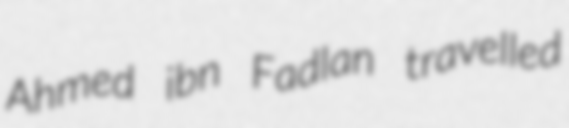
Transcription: Ahmed ibn Fadlan travelled